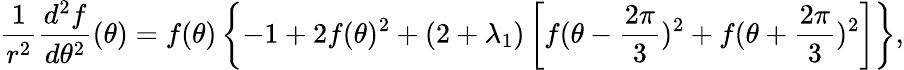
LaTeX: \frac{1}{r^{2}}\frac{d^{2}f}{d\theta^{2}}(\theta)=f(\theta)\left\{ -1+2f(\theta)^{2}+(2+\lambda_{1})\left[f(\theta-\frac{2\pi}{3})^{2}+f(\theta+\frac{2\pi}{3})^{2}\right]\right\} ,